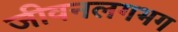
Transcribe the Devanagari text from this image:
जीवनलगभग